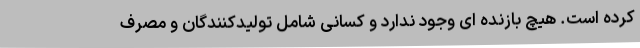
کرده است. هیچ بازنده ای وجود ندارد و کسانی شامل تولیدکنندگان و مصرف